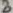
Text: 9